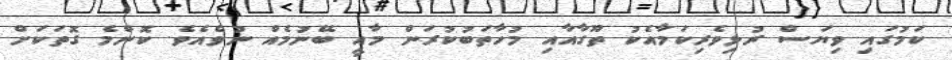
ކަމުގައި ވިޔަސް ރުޅިވެރިކަމާއެކު ތޫގާއާއި މުހާތަބުކުރަން މާއީ ބޭނުމެއް ނުވެއެވެ. ކޮންމެ ގޮތަކަށް